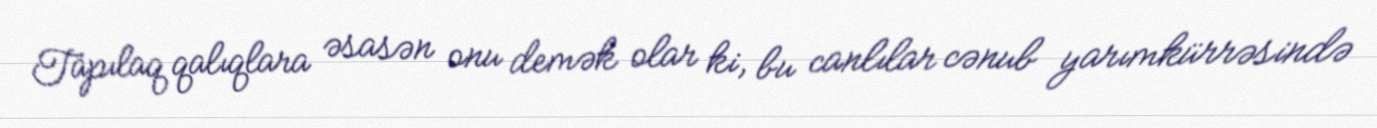
Tapılaq qalıqlara əsasən onu demək olar ki, bu canlılar cənub yarımkürrəsində